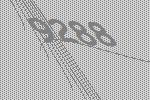
9288